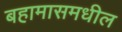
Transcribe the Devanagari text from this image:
बहामासमधील